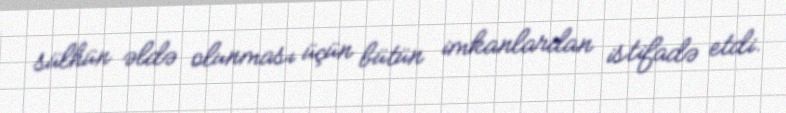
sülhün əldə olunması üçün bütün imkanlardan istifadə etdi.